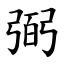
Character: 弼